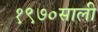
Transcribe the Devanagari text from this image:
१९७०साली